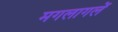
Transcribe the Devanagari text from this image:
मगलागलें